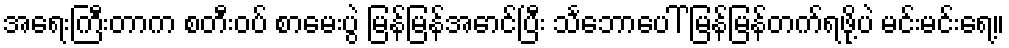
အရေးကြီးတာက စတီးဝပ် စာမေးပွဲ မြန်မြန်အောင်ပြီး သင်္ဘောပေါ် မြန်မြန်တက်ရဖို့ပဲ မင်းမင်းရေ့။